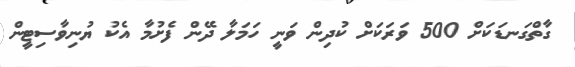
ގާތްގަނޑަކަށް 500 ވަރަކަށް ކުދިން ވަނީ ހަމަލާ ދޭން ފެށުމާ އެެކު ޔުނިވާސިޓީން